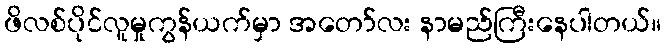
ဖိလစ်ပိုင်လူမှုကွန်ယက်မှာ အတော်လး နာမည်ကြီးနေပါတယ်။